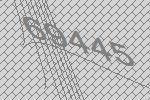
69445